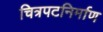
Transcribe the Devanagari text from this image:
चित्रपटनिर्माण